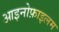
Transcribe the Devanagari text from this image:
आइनोफ़ाइलम